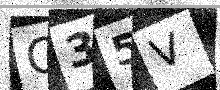
Text: Q35V